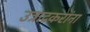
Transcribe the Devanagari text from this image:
उत्रादकरांना